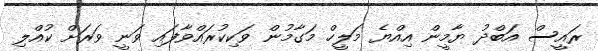
ރައީސް އަބްދު ޔާމީން އިއްޔެ މަލީހް މަގާމުން ވަކިކުރައްވާފައި ވަނީ ވަރަށް ކުއްލި